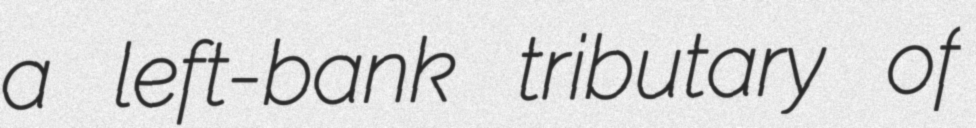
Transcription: a left-bank tributary of